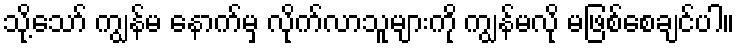
သို့သော် ကျွန်မ နောက်မှ လိုက်လာသူများကို ကျွန်မလို မဖြစ်စေချင်ပါ။